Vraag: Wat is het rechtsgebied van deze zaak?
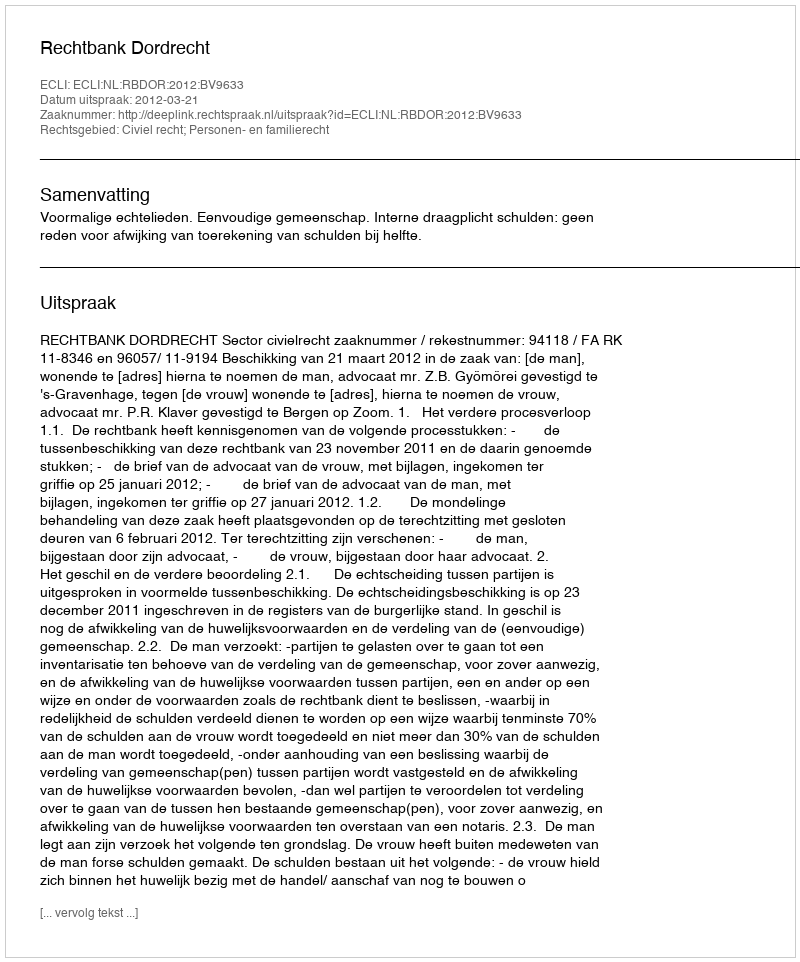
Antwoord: Civiel recht; Personen- en familierecht